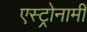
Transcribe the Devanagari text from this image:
एस्ट्रोनामी